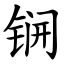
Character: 锎